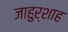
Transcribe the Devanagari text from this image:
जाहुर्शाह